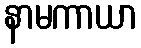
နာမကာယာ